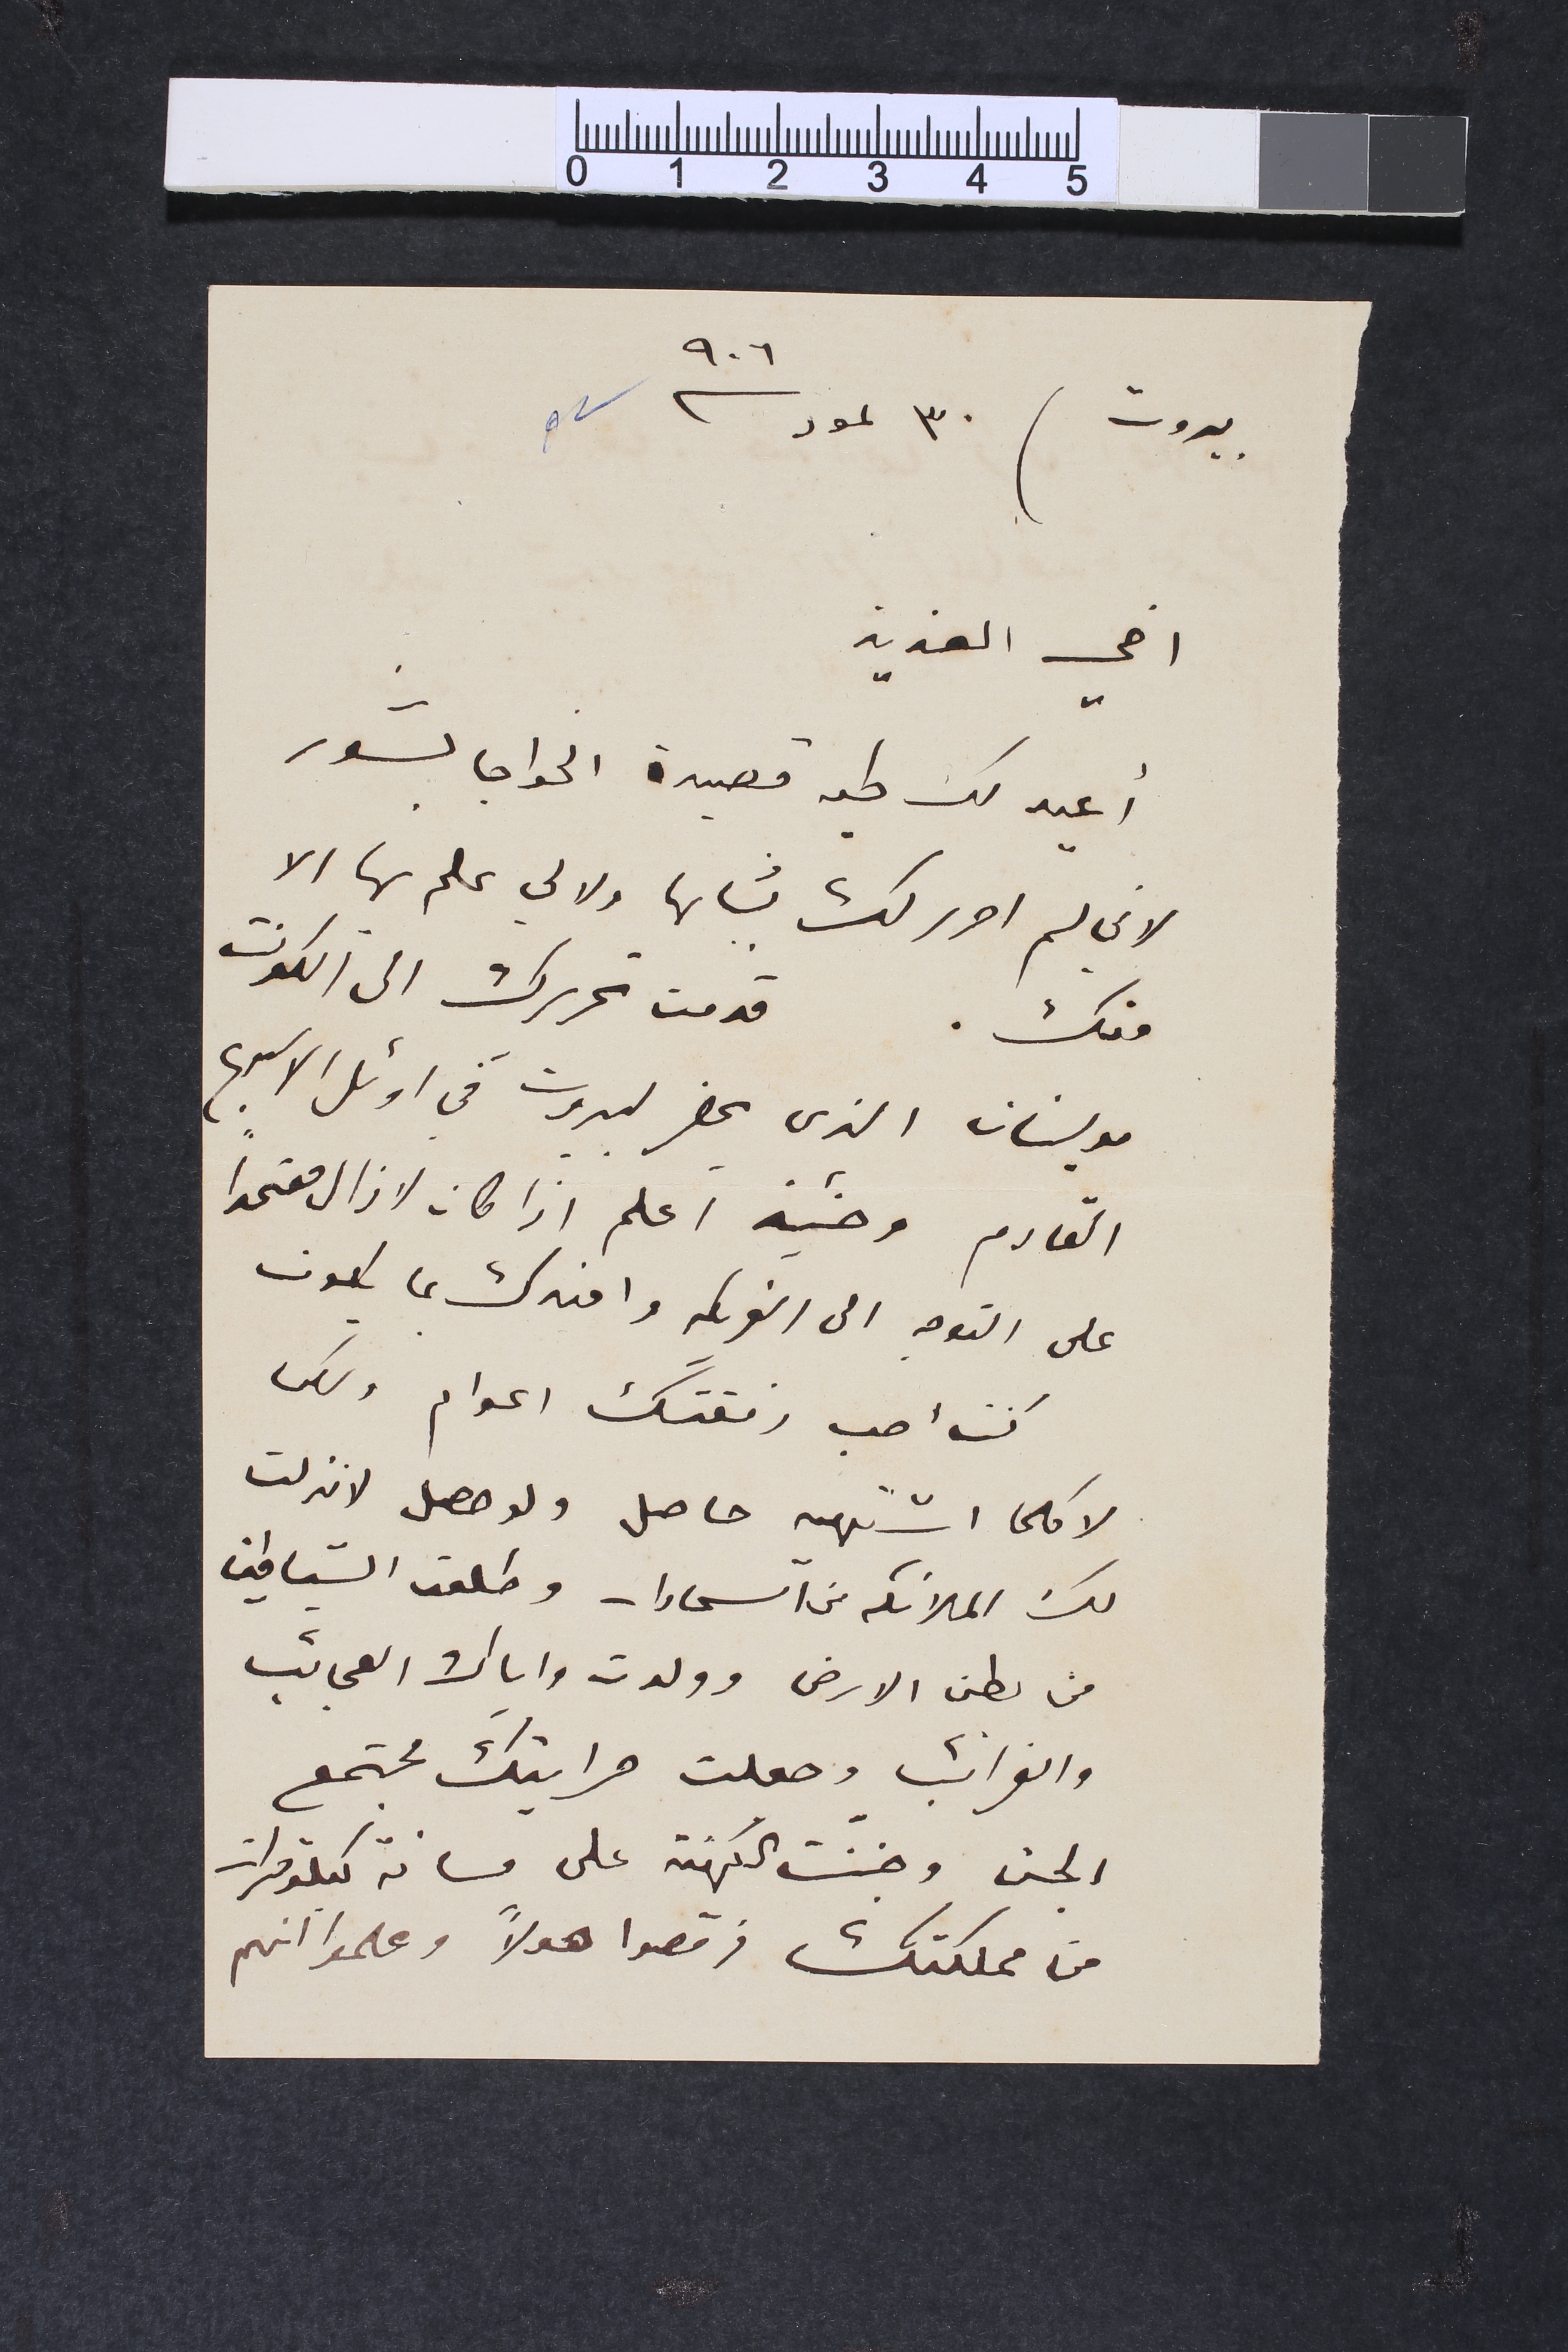
بيروت ٣٠ تموز سنة ٩٠٦
اخي العزيز
أعيد لك طيه قصيدة الخواجا بشور
لاني لم احرر لك بشانها ولا لي علم بها الا
منك.	قدمت تحريرك الى الكونت
مولينان الذي يحضر لبيروت في اوئل الاسبوع
القادم وحينئذ اعلم اذا كان لا زال معتمدا
على التوجه الى الفريكه وافيدك بما يكون
كنت احب رفقتك اعوام ولكن
لا كلما اشتهيه حاصل ولو حصل لانزلت
لك الملائكه من آالسماوات وطلعت الشياطين
من بطن الارض وولدت واياك العجائب
والغرائب وجعلت مرايتك مجتمع
الجن وجننت الكهنة على مسافة كيلومترات
من مملكتك فرقصوا هولاً وعلموا انهم